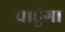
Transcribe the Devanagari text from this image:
चाहुंगा